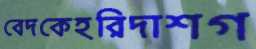
বেদকেহরিদাশগ